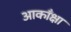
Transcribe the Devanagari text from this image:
आकाँक्षा